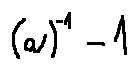
( a ) ^ { - 1 } - 1